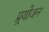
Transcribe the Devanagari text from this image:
प्र्रयोजन